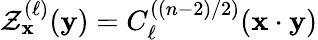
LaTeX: \mathcal{Z}_{\mathbf{{x}}}^{(\ell)}({\mathbf{{y}}})=C_{\ell}^{((n-2)/2)}({\mathbf{{x}}}\cdot{\mathbf{{y}}})